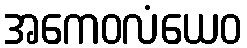
အကေဝလံယေဝ